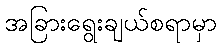
အခြားရွေးချယ်စရာမှာ